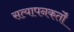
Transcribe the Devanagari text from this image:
सत्यापनकर्तों